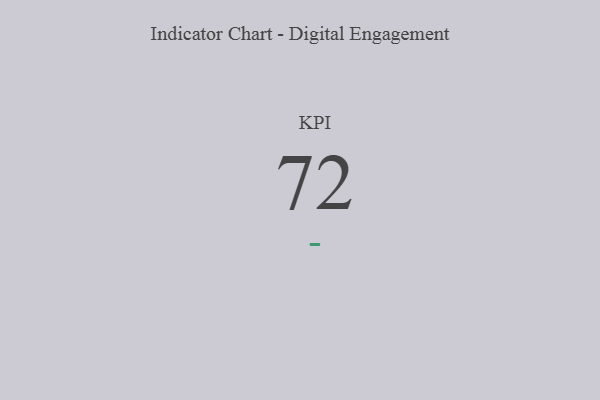
{"axis": {"x": "KPI", "y": "Value"}, "legend": [""], "data": [{"x": "KPI", "y": 72, "type": ""}]}